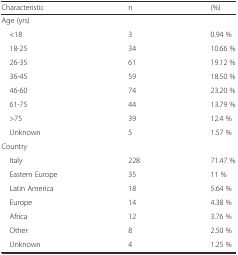
<table><thead><tr><td><b>Characteristic</b></td><td><b>n</b></td><td><b>(%)</b></td></tr></thead><tbody><tr><td>Age (yrs)</td><td>[EMPTY_CELL]</td><td>[EMPTY_CELL]</td></tr><tr><td> &lt;18</td><td>3</td><td>0.94 %</td></tr><tr><td> 18-25</td><td>34</td><td>10.66 %</td></tr><tr><td> 26-35</td><td>61</td><td>19.12 %</td></tr><tr><td> 36-45</td><td>59</td><td>18.50 %</td></tr><tr><td> 46-60</td><td>74</td><td>23.20 %</td></tr><tr><td> 61-75</td><td>44</td><td>13.79 %</td></tr><tr><td> &gt;75</td><td>39</td><td>12.4 %</td></tr><tr><td> Unknown</td><td>5</td><td>1.57 %</td></tr><tr><td>Country</td><td>[EMPTY_CELL]</td><td>[EMPTY_CELL]</td></tr><tr><td> Italy</td><td>228</td><td>71.47 %</td></tr><tr><td> Eastern Europe</td><td>35</td><td>11 %</td></tr><tr><td> Latin America</td><td>18</td><td>5.64 %</td></tr><tr><td> Europe</td><td>14</td><td>4.38 %</td></tr><tr><td> Africa</td><td>12</td><td>3.76 %</td></tr><tr><td> Other</td><td>8</td><td>2.50 %</td></tr><tr><td> Unknown</td><td>4</td><td>1.25 %</td></tr></tbody></table>